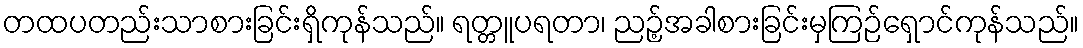
တထပတည်းသာစားခြင်းရှိကုန်သည်။ ရတ္တူပရတာ၊ ညဉ့်အခါစားခြင်းမှကြဉ်ရှောင်ကုန်သည်။